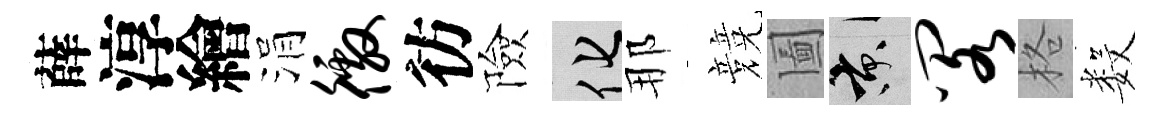
薛淳繪涓徼彷險化那競圗京阁格数